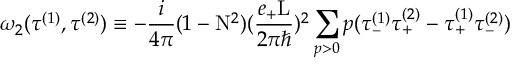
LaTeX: { \omega } _ { 2 } ( { \tau } ^ { ( 1 ) } , { \tau } ^ { ( 2 ) } ) \equiv - \frac { i } { 4 \pi } ( 1 - \mathrm { N } ^ { 2 } ) ( \frac { e _ { + } \mathrm { L } } { 2 { \pi } { \hbar } } ) ^ { 2 } \sum _ { p > 0 } p ( { \tau } _ { - } ^ { ( 1 ) } { \tau } _ { + } ^ { ( 2 ) } - { \tau } _ { + } ^ { ( 1 ) } { \tau } _ { - } ^ { ( 2 ) } )